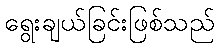
ရွေးချယ်ခြင်းဖြစ်သည်